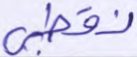
نقطي